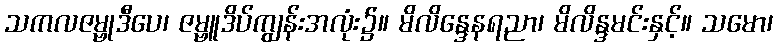
သကလဇမ္ဗုဒီပေ၊ ဇမ္ဗူဒိပ်ကျွန်းအလုံး၌။ မိလိန္ဒေနရညာ၊ မိလိန္ဒမင်းနှင့်။ သမော၊